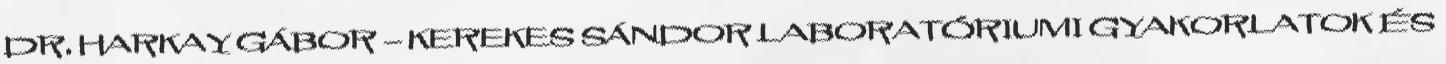
DR. HARKAY GÁBOR – KEREKES SÁNDOR LABORATÓRIUMI GYAKORLATOK ÉS